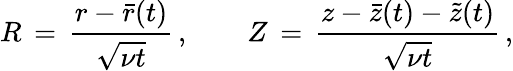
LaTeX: R\, =\, \frac{r-\bar{r}(t)}{\sqrt{\nu t}}\, ,\qquad Z\, =\, \frac{z-\bar{z}(t)-\tilde{z}(t)}{\sqrt{\nu t}}\, ,